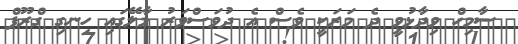
ސާމިހް ވިދާޅުވީ ދެ މަރަކީ ވެސް އެ ދުވަސްވަރު މާލޭގައި ހިނގި ގްރޫޕް